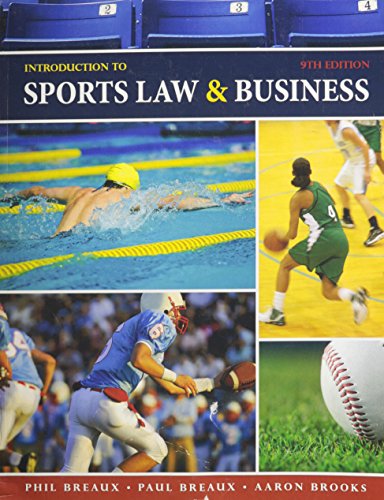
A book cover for Introduction to Sports Law AND Business; BREAUX  PHIL; Law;